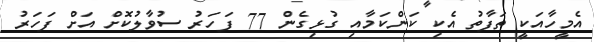
އެމީހާއަކީ ތަފާތު އެކި ކަންކަމާއި ގުޅިގެން 77 ފަހަރު ސުވާލުކޮށް އަށް ފަހަރު